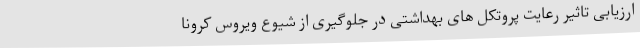
ارزیابی تاثیر رعایت پروتکل های بهداشتی در جلوگیری از شیوع ویروس کرونا